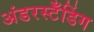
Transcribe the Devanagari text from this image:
अंडरस्टँडिंग